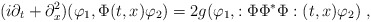
\begin{align*}(i\partial_t + \partial_x^2 )(\varphi_1, \Phi(t,x) \varphi_2 )= 2g (\varphi_1, :\Phi \Phi^* \Phi :(t,x) \varphi_2 ) \; ,\end{align*}